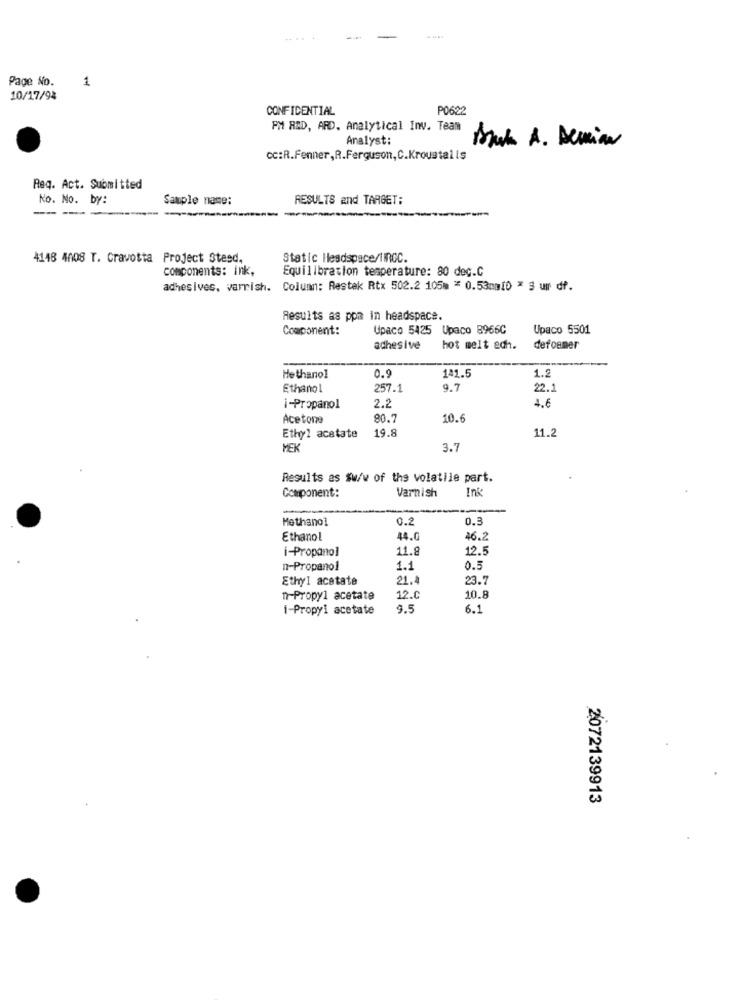
....
Page No.
1
10/17/94
CONFIDENTIAL
PO622
PM RAD, ARD, Analytical Inv. Team
Analyst:
Bruk A. Demian
cc:R.Fenner,R.Ferguson,C.Kroustalls
Req. Act. Submitted
No. No. by:
Sample name:
RESULTS and TARGET:
----
4148 4008 T. Cravotta Project Stesd.
Static Headspace/TIROC.
components: ink,
Equilibration temperature: 80 dec.C
adhesives, varrish. Column: Restak Rtx 502.2 105% * 0.53mm[D * § ur df.
Results as ppm in headspace.
Component:
Upaco 5425 Upaco 8966C
Upaco 5501
adhesive
hot melt edh.
defoemer
1.2
Hethanol
0.9
141.5
Ethanol
257.1
9.7
22.
4.6
i-Propanol
2.2
Acetone
80.7
10.6
19.8
11.2
Ethyl acetate
MEK
3.7
Results as $w/w of the volatile part.
Varnish
Ink
Component:
Methanol
0.2
0.3
Ethanol
44.0
46.2
i-Propanol
11.8
12.5
n-Propanol
1.1
0.5
Ethyl acetate
21.2
23.7
n-Propyl acetate
12.0
10.8
i-Propyl acetate
9.5
6.1
2072139913